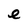
Character: e